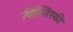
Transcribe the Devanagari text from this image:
विंल्जिस्की